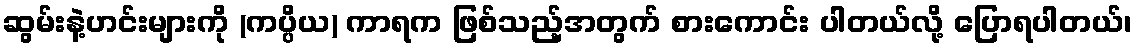
ဆွမ်းနဲ့ဟင်းများကို (ကပ္ပိယ) ကာရက ဖြစ်သည့်အတွက် စားကောင်း ပါတယ်လို့ ပြောရပါတယ်၊